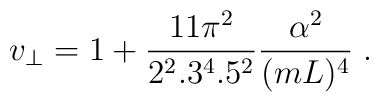
v_\bot=1+{11\pi^2\over 2^2.3^4.5^2}{\alpha^2\over (mL)^4}\; .